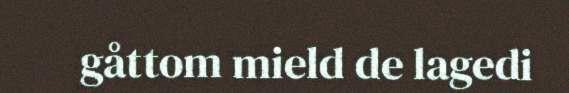
gåttom mield de lagedi